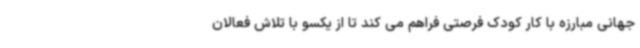
جهانی مبارزه با کار کودک فرصتی فراهم می کند تا از یکسو با تلاش فعالان